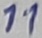
Text: 11